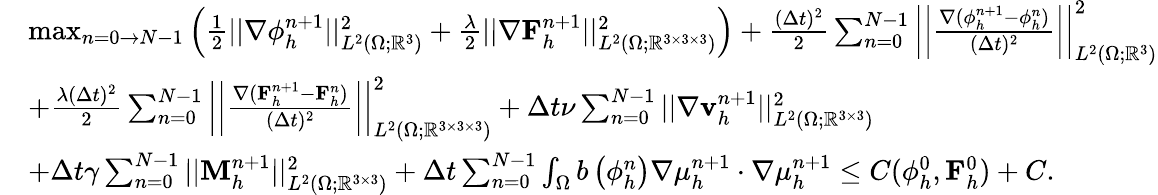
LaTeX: \begin{array}{rl}&{\operatorname*{max}_{n=0\to N-1}\left(\frac{1}{2}||\nabla\phi_{h}^{n+1}||_{L^{2}(\Omega;\mathbb{R}^{3})}^{2}+\frac{\lambda}{2}||\nabla\mathbf{F}_{h}^{n+1}||_{L^{2}(\Omega;\mathbb{R}^{3\times 3\times 3})}^{2}\right)+\frac{(\Delta t)^{2}}{2}\sum_{n=0}^{N-1}\left|\left|\frac{\nabla(\phi_{h}^{n+1}-\phi_{h}^{n})}{(\Delta t)^{2}}\right|\right|_{L^{2}(\Omega;\mathbb{R}^{3})}^{2}}\\ &{+\frac{\lambda(\Delta t)^{2}}{2}\sum_{n=0}^{N-1}\left|\left|\frac{\nabla(\mathbf{F}_{h}^{n+1}-\mathbf{F}_{h}^{n})}{(\Delta t)^{2}}\right|\right|_{L^{2}(\Omega;\mathbb{R}^{3\times 3\times 3})}^{2}+\Delta t\nu\sum_{n=0}^{N-1}||\nabla\mathbf{v}_{h}^{n+1}||_{L^{2}(\Omega;\mathbb{R}^{3\times 3})}^{2}}\\ &{+\Delta t\gamma\sum_{n=0}^{N-1}||\mathbf{M}_{h}^{n+1}||_{L^{2}(\Omega;\mathbb{R}^{3\times 3})}^{2}+\Delta t\sum_{n=0}^{N-1}\int_{\Omega}b\left(\phi_{h}^{n}\right)\nabla\mu_{h}^{n+1}\cdot\nabla\mu_{h}^{n+1}\leq C(\phi_{h}^{0},\mathbf{F}_{h}^{0})+C.}\end{array}